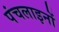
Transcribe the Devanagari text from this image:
पंचलाइनों